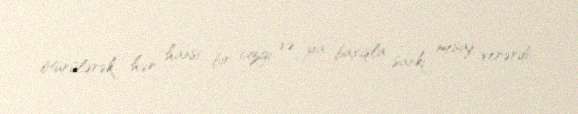
ötürülərək hər hansı bir cizgi və ya baxışla sanki mesaj verərdi.